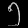
Digit: ၅